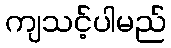
ကျသင့်ပါမည်